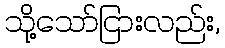
သို့သော်ငြားလည်း,